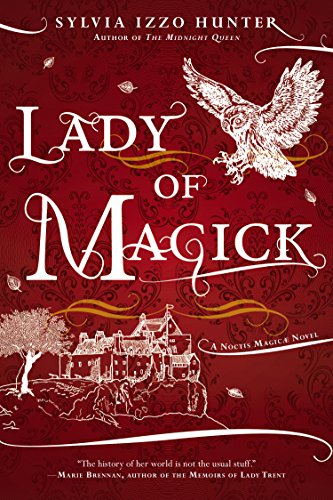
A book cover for Lady of Magick: A Noctis Magicae Novel; Sylvia Izzo Hunter; Science Fiction & Fantasy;